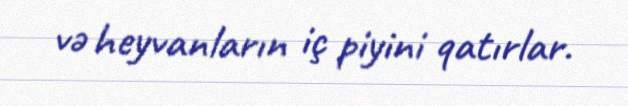
və heyvanların iç piyini qatırlar.